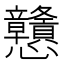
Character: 戇